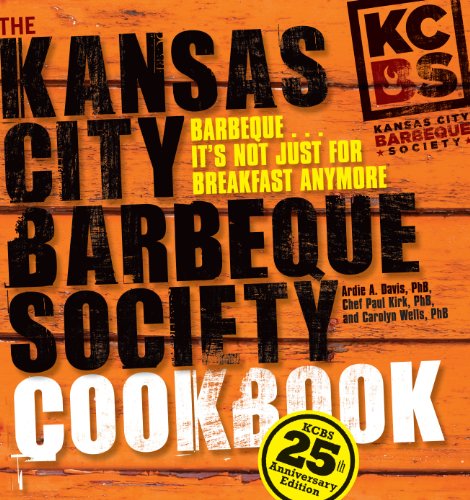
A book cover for The Kansas City Barbeque Society Cookbook: 25th Anniversary Edition; Ardie A. Davis; Cookbooks, Food & Wine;